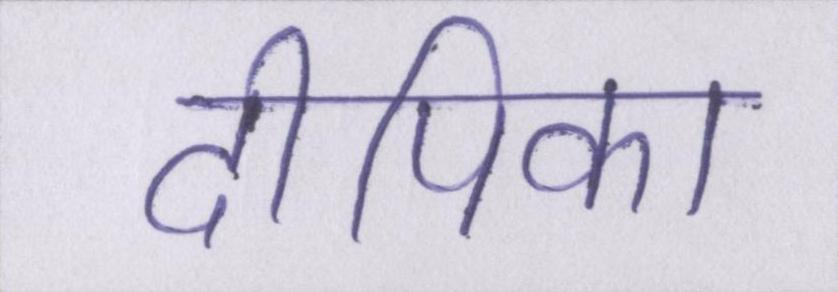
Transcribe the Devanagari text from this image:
दीपिका